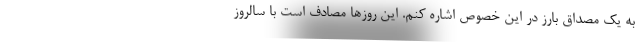
به یک مصداق بارز در این خصوص اشاره کنم. این روزها مصادف است با سالروز